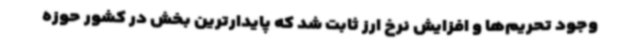
وجود تحریم‌ها و افزایش نرخ ارز ثابت شد که پایدارترین بخش در کشور حوزه